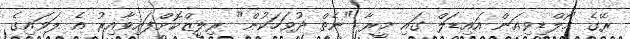
ރޭގެ މޯލްޑިވިއަން އައިޑަލް ގައި މީރާ "ނެތް ދުވަހަކުން" ރިލީޒްކޮށްފައިވާއިރު އެ ލަވައިގެ